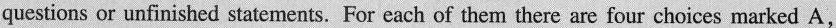
questions or unfinished statements. For cach of them there are four choices marked A.